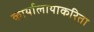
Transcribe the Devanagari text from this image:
कार्यालायाकरिता